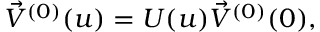
\vec { \cal V } ^ { ( 0 ) } ( u ) = U ( u ) \vec { \cal V } ^ { ( 0 ) } ( 0 ) ,